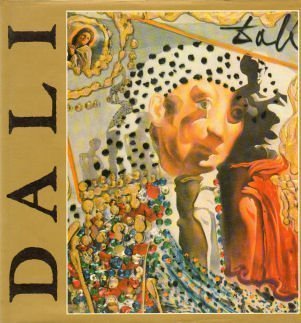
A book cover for Dali; Luis Romero; Travel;